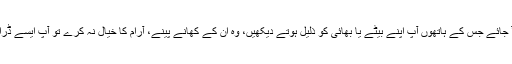
ہمارے گھروں میں ایک ایسی بہو یا بھابی آ جائے جس کے ہاتھوں آپ اپنے بیٹے یا بھائی کو ذلیل ہوتے دیکھیں، وہ ان کے کھانے پینے، آرام کا خیال نہ کرے تو آپ ایسے ڈرامے لکھنے والوں کو توپ سے اڑا دیں گی۔